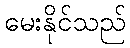
မေးနိုင်သည်